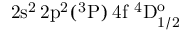
\mathrm { 2 s ^ { 2 } \, 2 p ^ { 2 } ( ^ { 3 } P ) \, 4 f ~ ^ { 4 } D _ { 1 / 2 } ^ { o } }